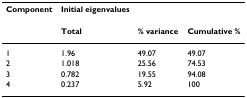
| Component | Initial eigenvalues |  |  |
 | --- | --- | --- | --- |
 |  | Total | % variance | Cumulative % |
 | 1 | 1.96 | 49.07 | 49.07 |
 | 2 | 1.018 | 25.56 | 74.53 |
 | 3 | 0.782 | 19.55 | 94.08 |
 | 4 | 0.237 | 5.92 | 100 |